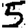
Digit: 5